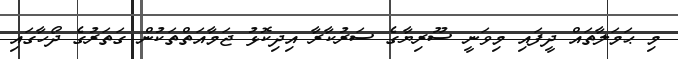
މި ޙަމަލާތައް ދީފައި މިވަނީ ސޫރިޔާގެ ސަރުކާރާ އިދިކޮޅު ޖަމާއަތްތަކުން ގަތަރުގެ ދޯހާގައި